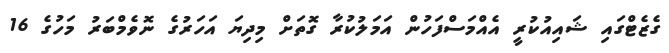
ގެޒެޓްގައި ޝައިއުކުރީ އެއްމަސްފަހުން އަމަލުކުރާ ގޮތަށް މިދިޔަ އަހަރުގެ ނޮވެމްބަރު މަހުގެ 16